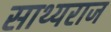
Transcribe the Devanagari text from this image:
साथ्यराज